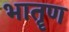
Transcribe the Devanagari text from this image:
भातॄण